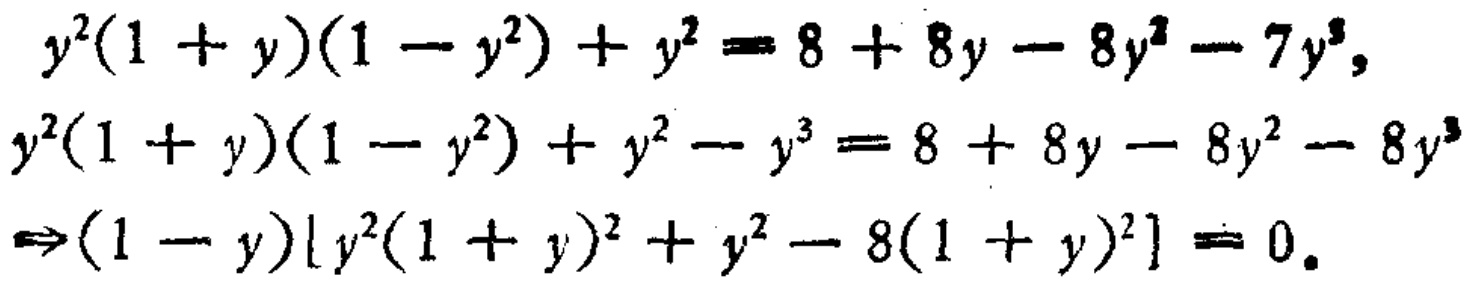
\[
\begin{align*}
y^{2}(1 + y)(1 - y^{2})+y^{2}&=8 + 8y-8y^{2}-7y^{3},\\
y^{2}(1 + y)(1 - y^{2})+y^{2}-y^{3}&=8 + 8y-8y^{2}-8y^{3}\\
\Rightarrow(1 - y)[y^{2}(1 + y)^{2}+y^{2}-8(1 + y)^{2}]&=0.
\end{align*}
\]